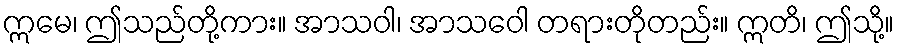
ဣမေ၊ ဤသည်တို့ကား။ အာသဝါ၊ အာသဝေါ တရားတိုတည်း။ ဣတိ၊ ဤသို့။